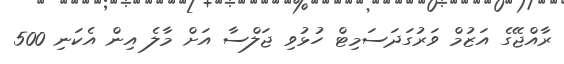
ރާއްޖޭގެ އަޒުމް ވަރުގަދަސަމިޓް ހުޅުވި ޖަލްސާ އަށް މާލެ އިން އެކަނި 500